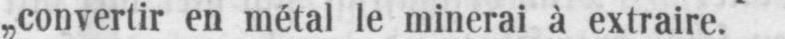
„convertir en métal le minerai à extraire.